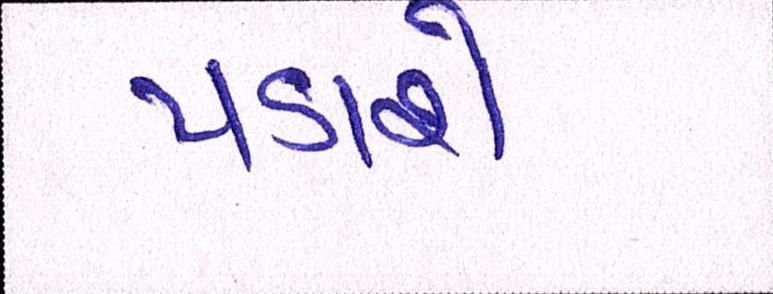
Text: પડાશે